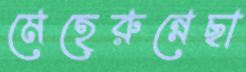
মেহেরুন্নেছা